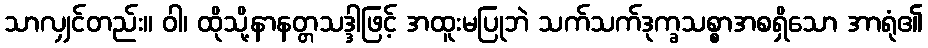
သာလျှင်တည်း။ ဝါ၊ ထိုသို့နာနတ္တသဒ္ဒါဖြင့် အထူးမပြုဘဲ သက်သက်ဒုက္ခသစ္စာအစရှိသော အာရုံ၏